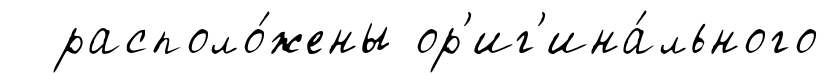
располо́жены ор'иг'ина́льного